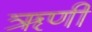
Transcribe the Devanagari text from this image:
ॠणी